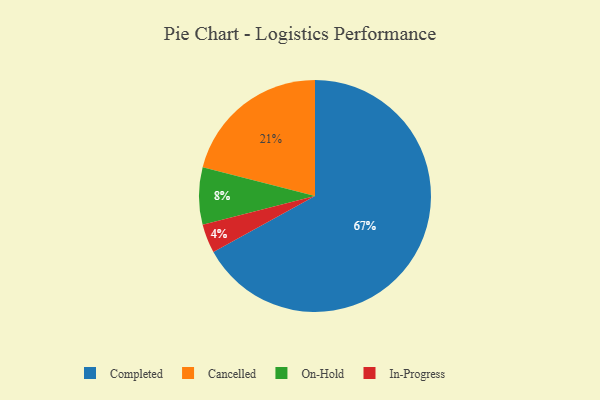
{"axis": {"x": "Category", "y": "Percentage"}, "legend": ["Cancelled", "Completed", "In-Progress", "On-Hold"], "data": [{"x": "On-Hold", "y": 8, "type": "On-Hold"}, {"x": "In-Progress", "y": 4, "type": "In-Progress"}, {"x": "Completed", "y": 67, "type": "Completed"}, {"x": "Cancelled", "y": 21, "type": "Cancelled"}]}